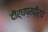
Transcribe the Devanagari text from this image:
दीर्घप्रदीर्घ